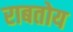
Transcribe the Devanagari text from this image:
राबतोय